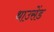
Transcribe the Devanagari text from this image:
थाउसेंड